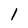
Character: 1